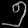
Digit: ၅